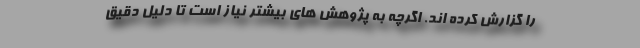
را گزارش کرده اند. اگرچه به پژوهش های بیشتر نیاز است تا دلیل دقیق